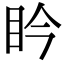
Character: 𥄯